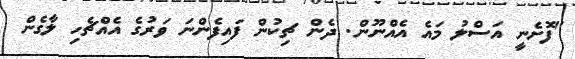
"ފޮށެނީ އަސްލު މައެ އެއްނޫން. ދެން ޗިކުން ފައިފެންނަ ވަރުގެ އެއްޗެހި ލާގެން